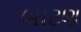
બાટણ